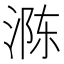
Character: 𮳈